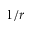
1 / r